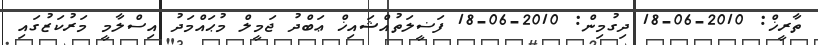
ތާރީޚް: 2010-06-18 ދިގުމިން: 2010-06-18 ފަޟީލަތުއްޝައިޚް ޢަބްދު ޖަމީލް މުޙައްމަދު އިސްލާމީ މަރުކަޒުގައި